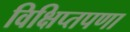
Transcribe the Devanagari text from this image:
विक्षिप्तपणा